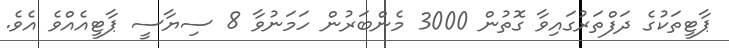
ޕާޓީތަކުގެ ދަފްތަރުގައިވާ ގޮތުން 3000 މެންބަރުން ހަމަނުވާ 8 ސިޔާސީ ޕާޓީއެއްވެ އެވެ.